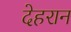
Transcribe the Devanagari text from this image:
देहरान